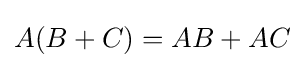
A(B+C)=AB+AC